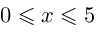
0 \leqslant x \leqslant 5